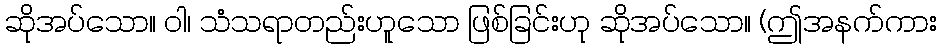
ဆိုအပ်သော။ ဝါ၊ သံသရာတည်းဟူသော ဖြစ်ခြင်းဟု ဆိုအပ်သော။ (ဤအနက်ကား